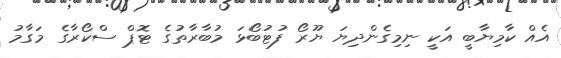
އެއް ކާމިޔާބީ އަކީ ނިމިގެންދިޔަ ޔޫރޯ ފުޓުބޯޅަ މުބާރާތުގެ ޓޮޕް ސްކޯރާގެ މަގާމު